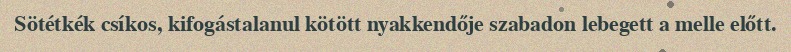
Sötétkék csíkos, kifogástalanul kötött nyakkendője szabadon lebegett a melle előtt.